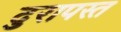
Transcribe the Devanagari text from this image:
दुरापस्त